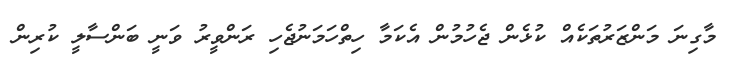
މާގިނަ މަންޒަރުތަކެއް ކުޅެން ޖެހުމުން އެކަމާ ހިތްހަމަނުޖެހި ރަންވީރު ވަނީ ބަންސާލީ ކުރިން